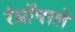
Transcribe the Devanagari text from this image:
रंध्रोंवाले